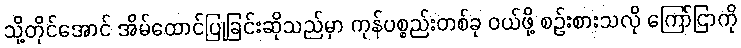
သို့တိုင်အောင် အိမ်ထောင်ပြုခြင်းဆိုသည်မှာ ကုန်ပစ္စည်းတစ်ခု ဝယ်ဖို့ စဉ်းစားသလို ကြော်ငြာကို